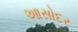
આસોદર